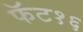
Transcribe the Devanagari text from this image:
फॅट१६